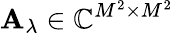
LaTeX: \mathbf{A_{\lambda}}\in\mathbb{C}^{M^{2}\times M^{2}}